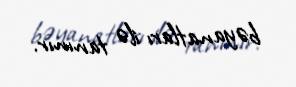
bəyanatları ilə tanınır.